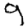
Digit: 9